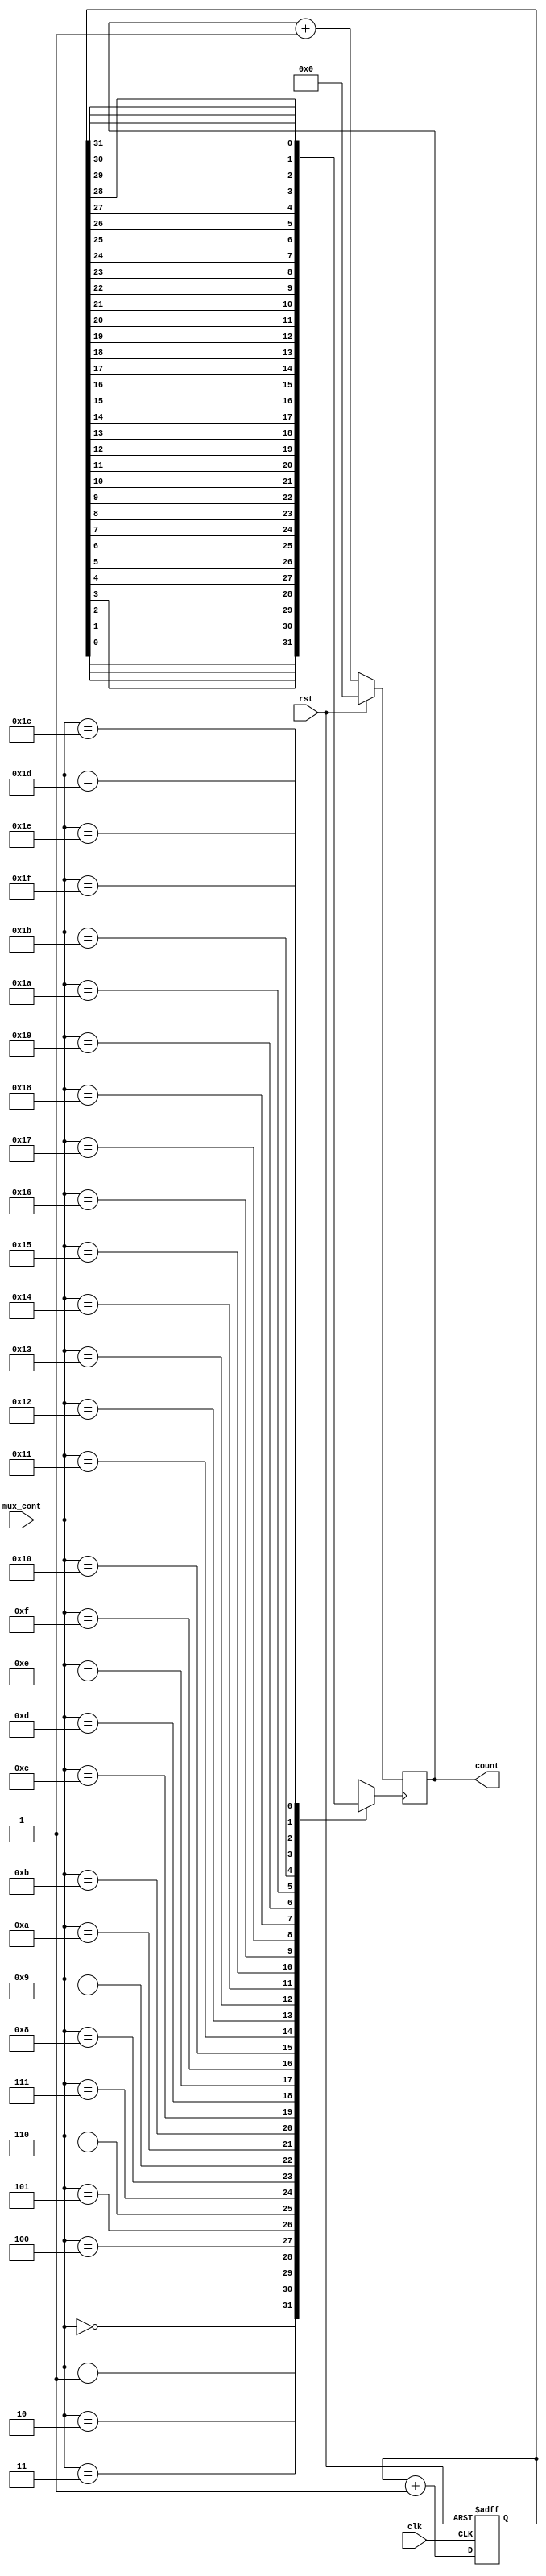
`timescale 1ns / 1ps
//////////////////////////////////////////////////////////////////////////////////
// Company: 
// Engineer: 
// 
// Design Name: 
// Module Name: clk_divider
// Project Name: 
// Target Devices: 
// Tool Versions: 
// Description: 
// 
// Dependencies: 
// 
// Revision:
// Revision 0.01 - File Created
// Additional Comments:
// 
//////////////////////////////////////////////////////////////////////////////////


module clk_divider #(parameter SIZE_CLK = 4)
              (
                input clk,
                input rst,
                input [4:0] mux_cont,
                output reg [SIZE_CLK-1:0] count
              );
              
              reg clk_div;
              reg [31:0] count_temp;
              
              always@(posedge clk or posedge rst)
                begin: GEN_COUNT_CLK
                    if(rst)
                        count_temp = 0;
                    else
                        count_temp = count_temp + 1;
                end
              
              always@(mux_cont)
                begin: Selecting_speed // 32 Speeds
                    case(mux_cont)
                    0: clk_div <= count_temp[0];
                    1: clk_div <= count_temp[1];
                    2: clk_div <= count_temp[2];
                    3: clk_div <= count_temp[3];
                    4: clk_div <= count_temp[4];
                    5: clk_div <= count_temp[5];
                    6: clk_div <= count_temp[6];
                    7: clk_div <= count_temp[7];
                    8: clk_div <= count_temp[8];
                    9: clk_div <= count_temp[9];
                    10: clk_div <= count_temp[10];
                    11: clk_div <= count_temp[11];
                    12: clk_div <= count_temp[12];
                    13: clk_div <= count_temp[13];
                    14: clk_div <= count_temp[14];
                    15: clk_div <= count_temp[15];
                    16: clk_div <= count_temp[16];
                    17: clk_div <= count_temp[17];
                    18: clk_div <= count_temp[18];
                    19: clk_div <= count_temp[19];
                    20: clk_div <= count_temp[20];
                    21: clk_div <= count_temp[21];
                    22: clk_div <= count_temp[22];
                    23: clk_div <= count_temp[23];
                    24: clk_div <= count_temp[24];
                    25: clk_div <= count_temp[25];
                    26: clk_div <= count_temp[26];
                    27: clk_div <= count_temp[27];
                    28: clk_div <= count_temp[28];
                    29: clk_div <= count_temp[29];
                    30: clk_div <= count_temp[30];
                    31: clk_div <= count_temp[31];
                    
                    default: clk_div <= 1'bZ; //default for emergency
                    endcase
                end
              
              always@(posedge clk_div)
                begin: Counter_for_Decoder
                    if(rst)
                        count <= 0;
                    else
                        count <= count + 1;
                end
              
endmodule